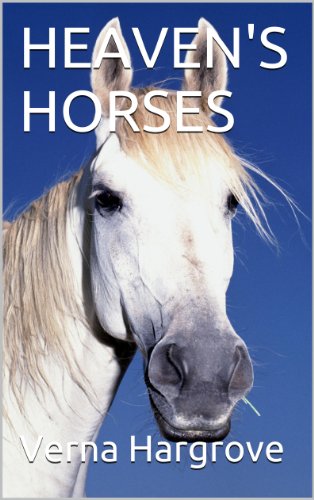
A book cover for Heaven's Horses; Verna Hargrove; Christian Books & Bibles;